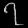
Digit: ၇